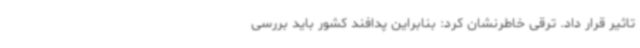
تاثیر قرار داد. ترقی خاطرنشان کرد: بنابراین پدافند کشور باید بررسی